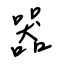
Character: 器